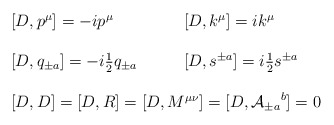
\begin{align*}\begin{array}{ll}[D,p^{\mu}]=-ip^{\mu}~~~&~~~[D,k^{\mu}]=ik^{\mu}\\{}&{}\\{[D,q_{\pm a}]=-i\textstyle{\frac{1}{2}}q_{\pm a}}~~~&~~~[D,s^{\pm a}]=i\textstyle{\frac{1}{2}}s^{\pm a}\\{}&{}\\\multicolumn{2}{c}{[D,D]=[D,R]=[D,M^{\mu\nu}]=[D,{{\cal A}_{\pm a}}^{b}]=0}\end{array}\end{align*}